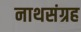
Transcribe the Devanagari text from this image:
नाथसंग्रह